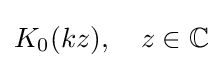
K_{0}(kz),\quad z\in \mathbb {C}